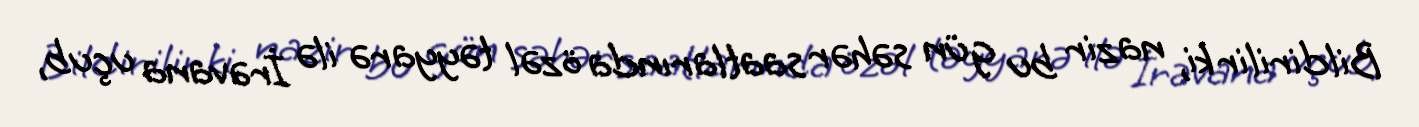
Bildirilir ki, nazir bu gün səhər saatlarında özəl təyyarə ilə İrəvana uçub,